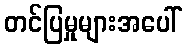
တင်ပြမှုများအပေါ်